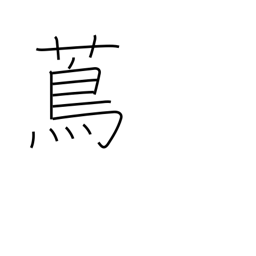
Meaning: vine